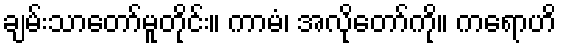
ချမ်းသာတော်မူတိုင်း။ ကာမံ၊ အလိုတော်ကို။ ကရောဟိ